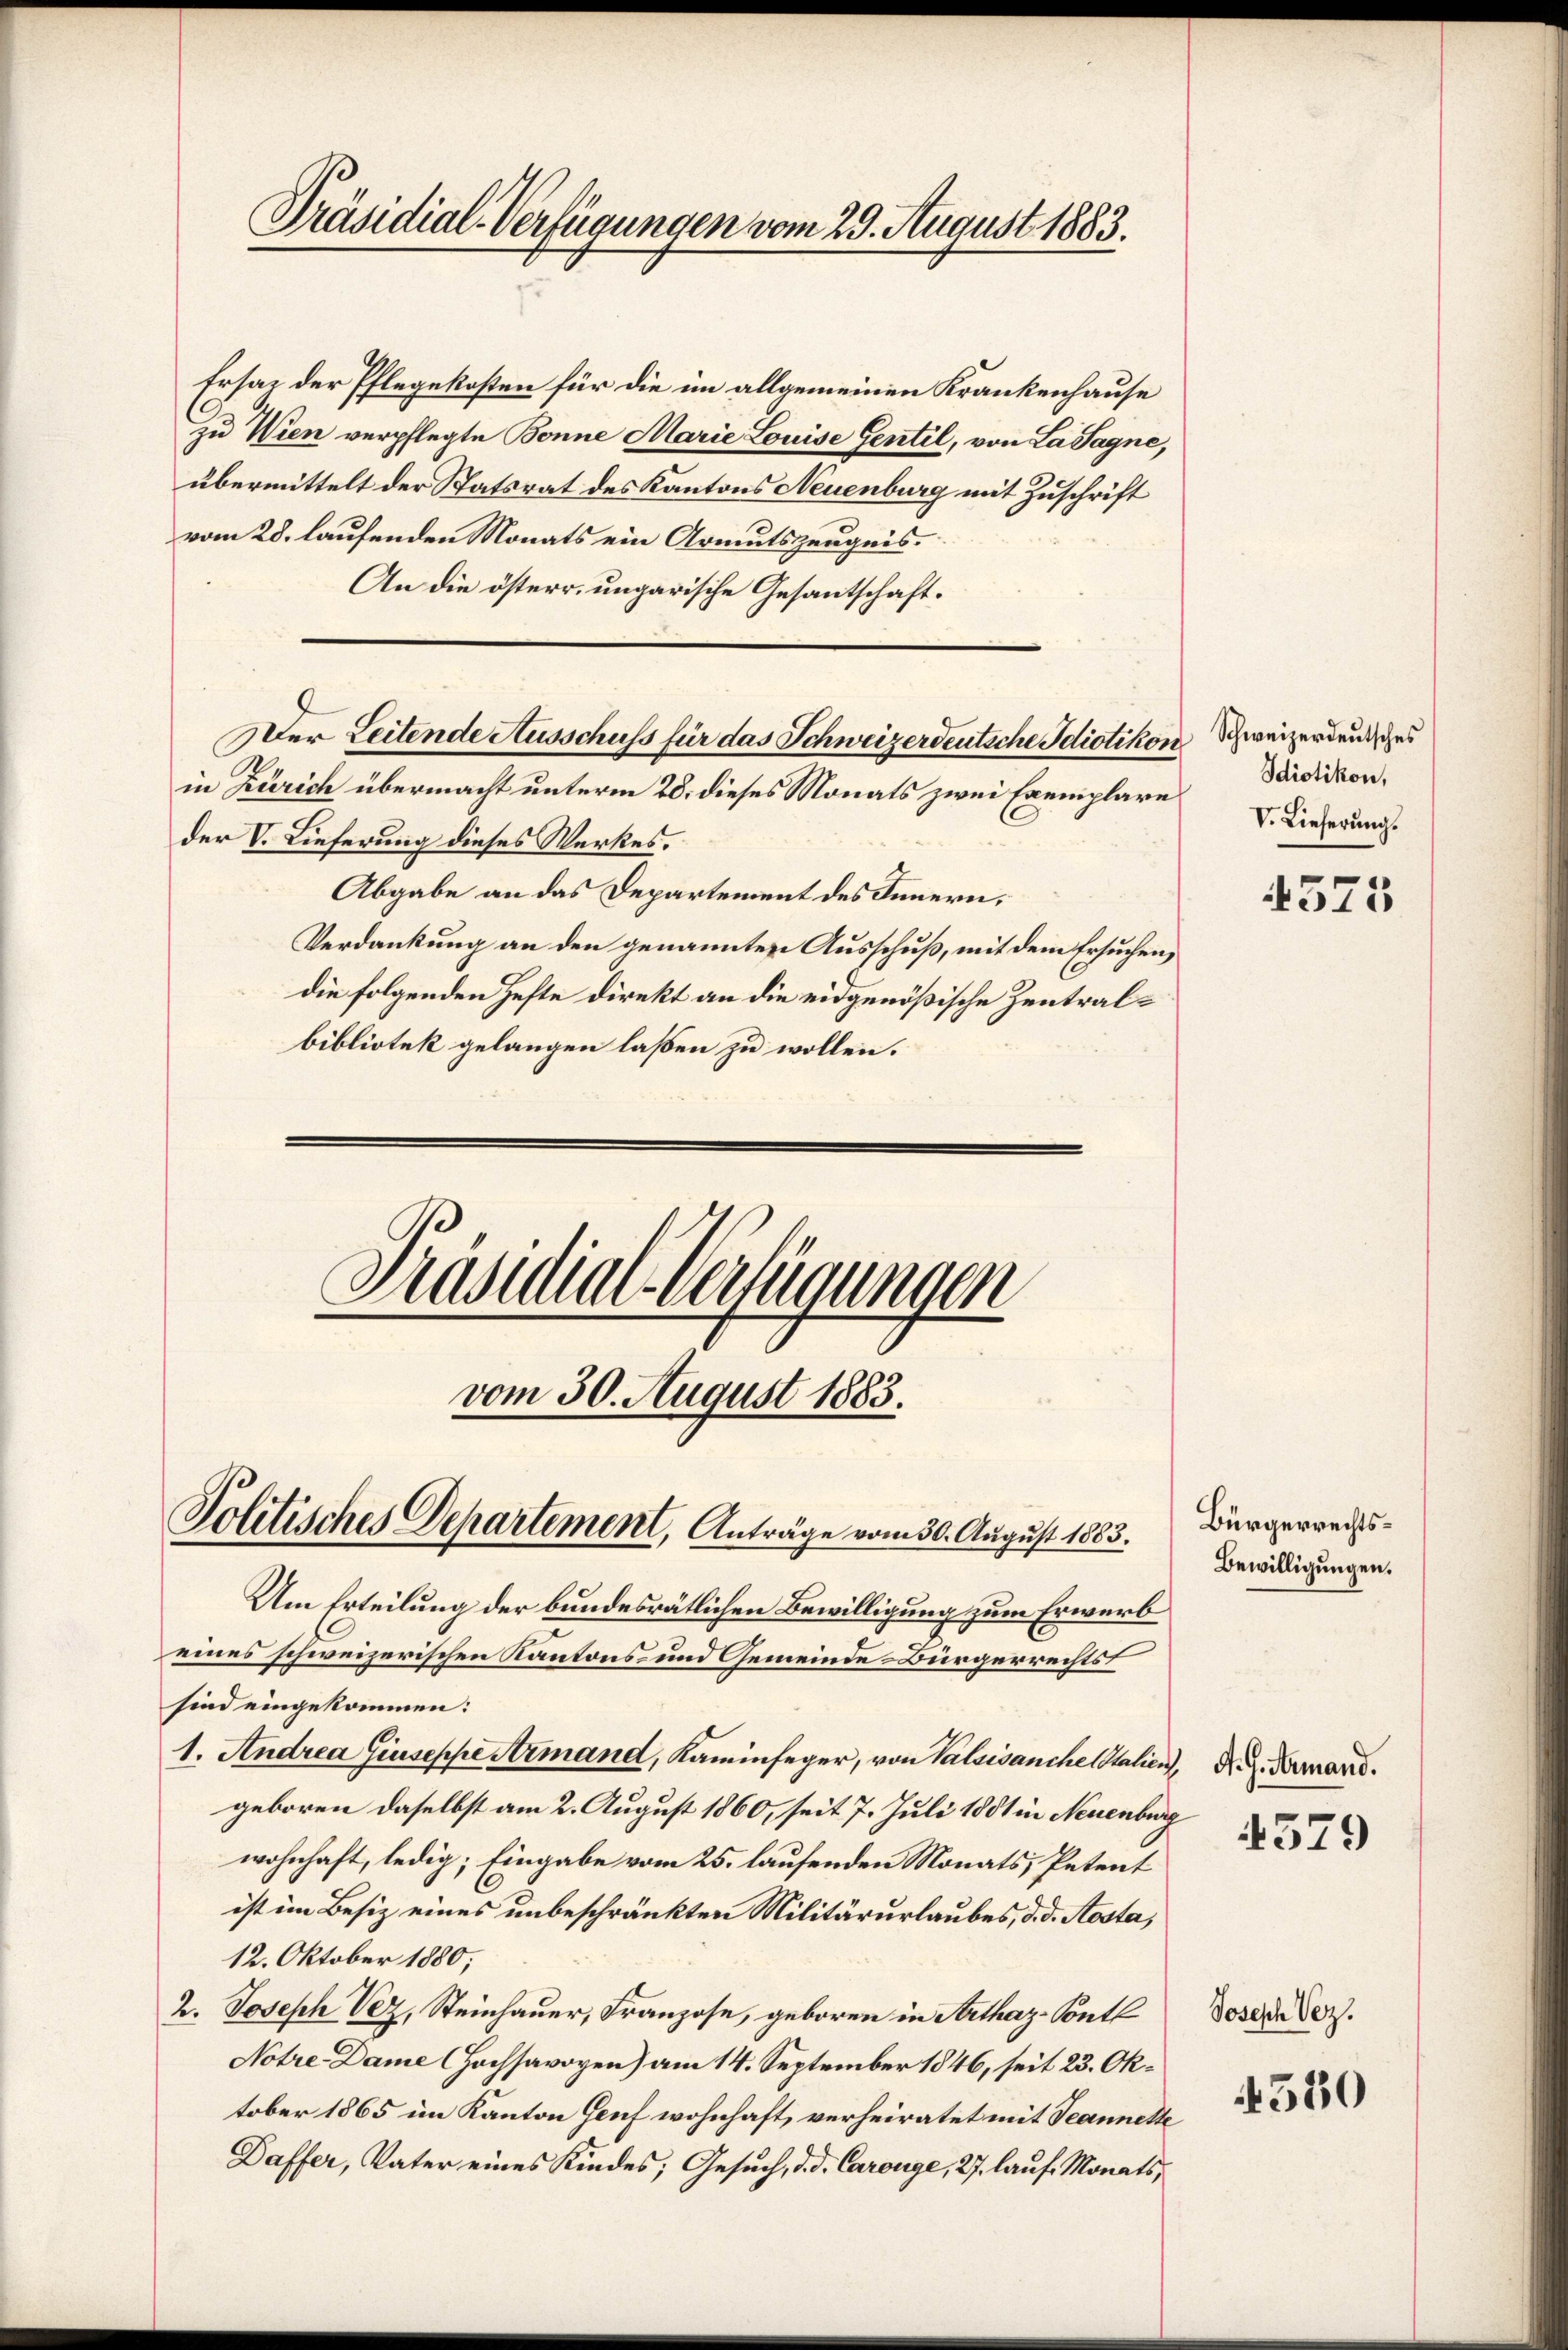
Präsidial-Verfügungen vom 29. August 1883.

Ersat der Pflegekosten für die im allgemeinen Krankenhause
zu Wien verpflegte Bonne Marie Louise Gentil, von La Sagne,
übermittelt der Statsrat des Kantons Neuenburg mit Zuschrift
vom 28. laufenden Monats ein Armutszeugnis.
An die österr. ungarische Gesantschaftin Zürich übermacht unterm 28. dieses Monats zwei Exemplare
der V. Lieferung dieses Werkes.
Abgabe an das Departement des Innern,
Verdankung an den genannten Ausschuß, mit dem Ersuchen,
die folgenden Hefte direkt an die eidgenößische Zentralbibliotek gelangen laßen zu wollen.
Präsidial-Verfügungen

Der Leitende Ausschuss für das Schweizerdeutsche Idiotikon

vom 30. August 1883.
Politisches Departement, Anträge vom 30. August 1883.

Um Erteilung der bundesrätlichen Bewilligung zum Erwerb
eines schweizerischen Kantons- und Gemeinde-Bürgerrechtst
sind eingekommen:
1. Andrea Giuseppe Armand, Kaminfeger, von Valaisanche Stalien K. Germand.
geboren daselbst am 2. August 1860, seit 7. Juli 1881 in Neuenburg
wohnhaft, ledig; Eingabe vom 25. laufenden Monats, Petent
ist im Besiz eines unbeschränkten Militärurlaubes, d. d. Aosta,
12. Oktober 1880;
2. Joseph Vez, Steinhauer, Franzose, geboren in Arthaz-Pontl
Notre Dame CHochsavoyen) am 14. September 1846, seit 23. Oktober 1865 im Kanton Genf wohnhaft, verheiratet mit Teannette
Daffer, Vater eines Kindes, Gesuch, d. d. Carouge, 27 lauf Monats,

Schweizerdeutsches
Idiotikon,
V. Lieferung.

4575

Bürgerrechts¬
Bewilligungen.

4579

Joseph Vez.

4530